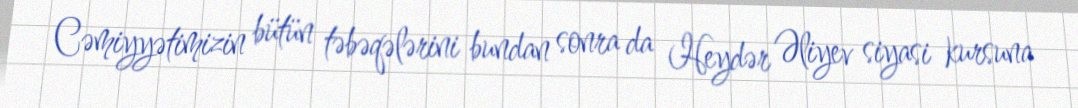
Cəmiyyətimizin bütün təbəqələrini bundan sonra da Heydər Əliyev siyasi kursuna